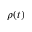
\rho ( t )